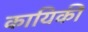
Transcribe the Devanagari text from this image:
कायिकी